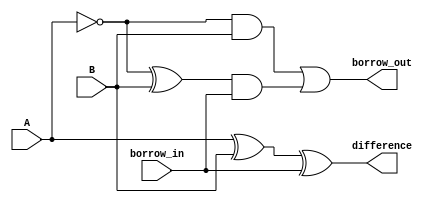
module GateLevelSubtractor (
    input wire A,
    input wire B,
    input wire borrow_in,
    output wire difference,
    output wire borrow_out
);

assign difference = (A ^ B) ^ borrow_in;
assign borrow_out = (~A & B) | ((~A ^ B) & borrow_in);

endmodule